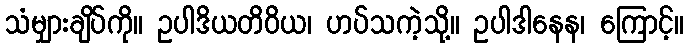
သံမျှားချိပ်ကို။ ဥပါဒိယတိဝိယ၊ ဟပ်သကဲ့သို့။ ဥပါဒါနေန၊ ကြောင့်။